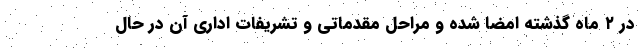
در ۲ ماه گذشته امضا شده و مراحل مقدماتی و تشریفات اداری آن در حال